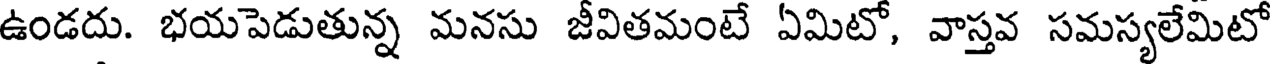
ఉండదు. భయపెడుతున్న మనసు జీవితమంటే ఏమిటో, వాస్తవ సమస్యలేమిటో